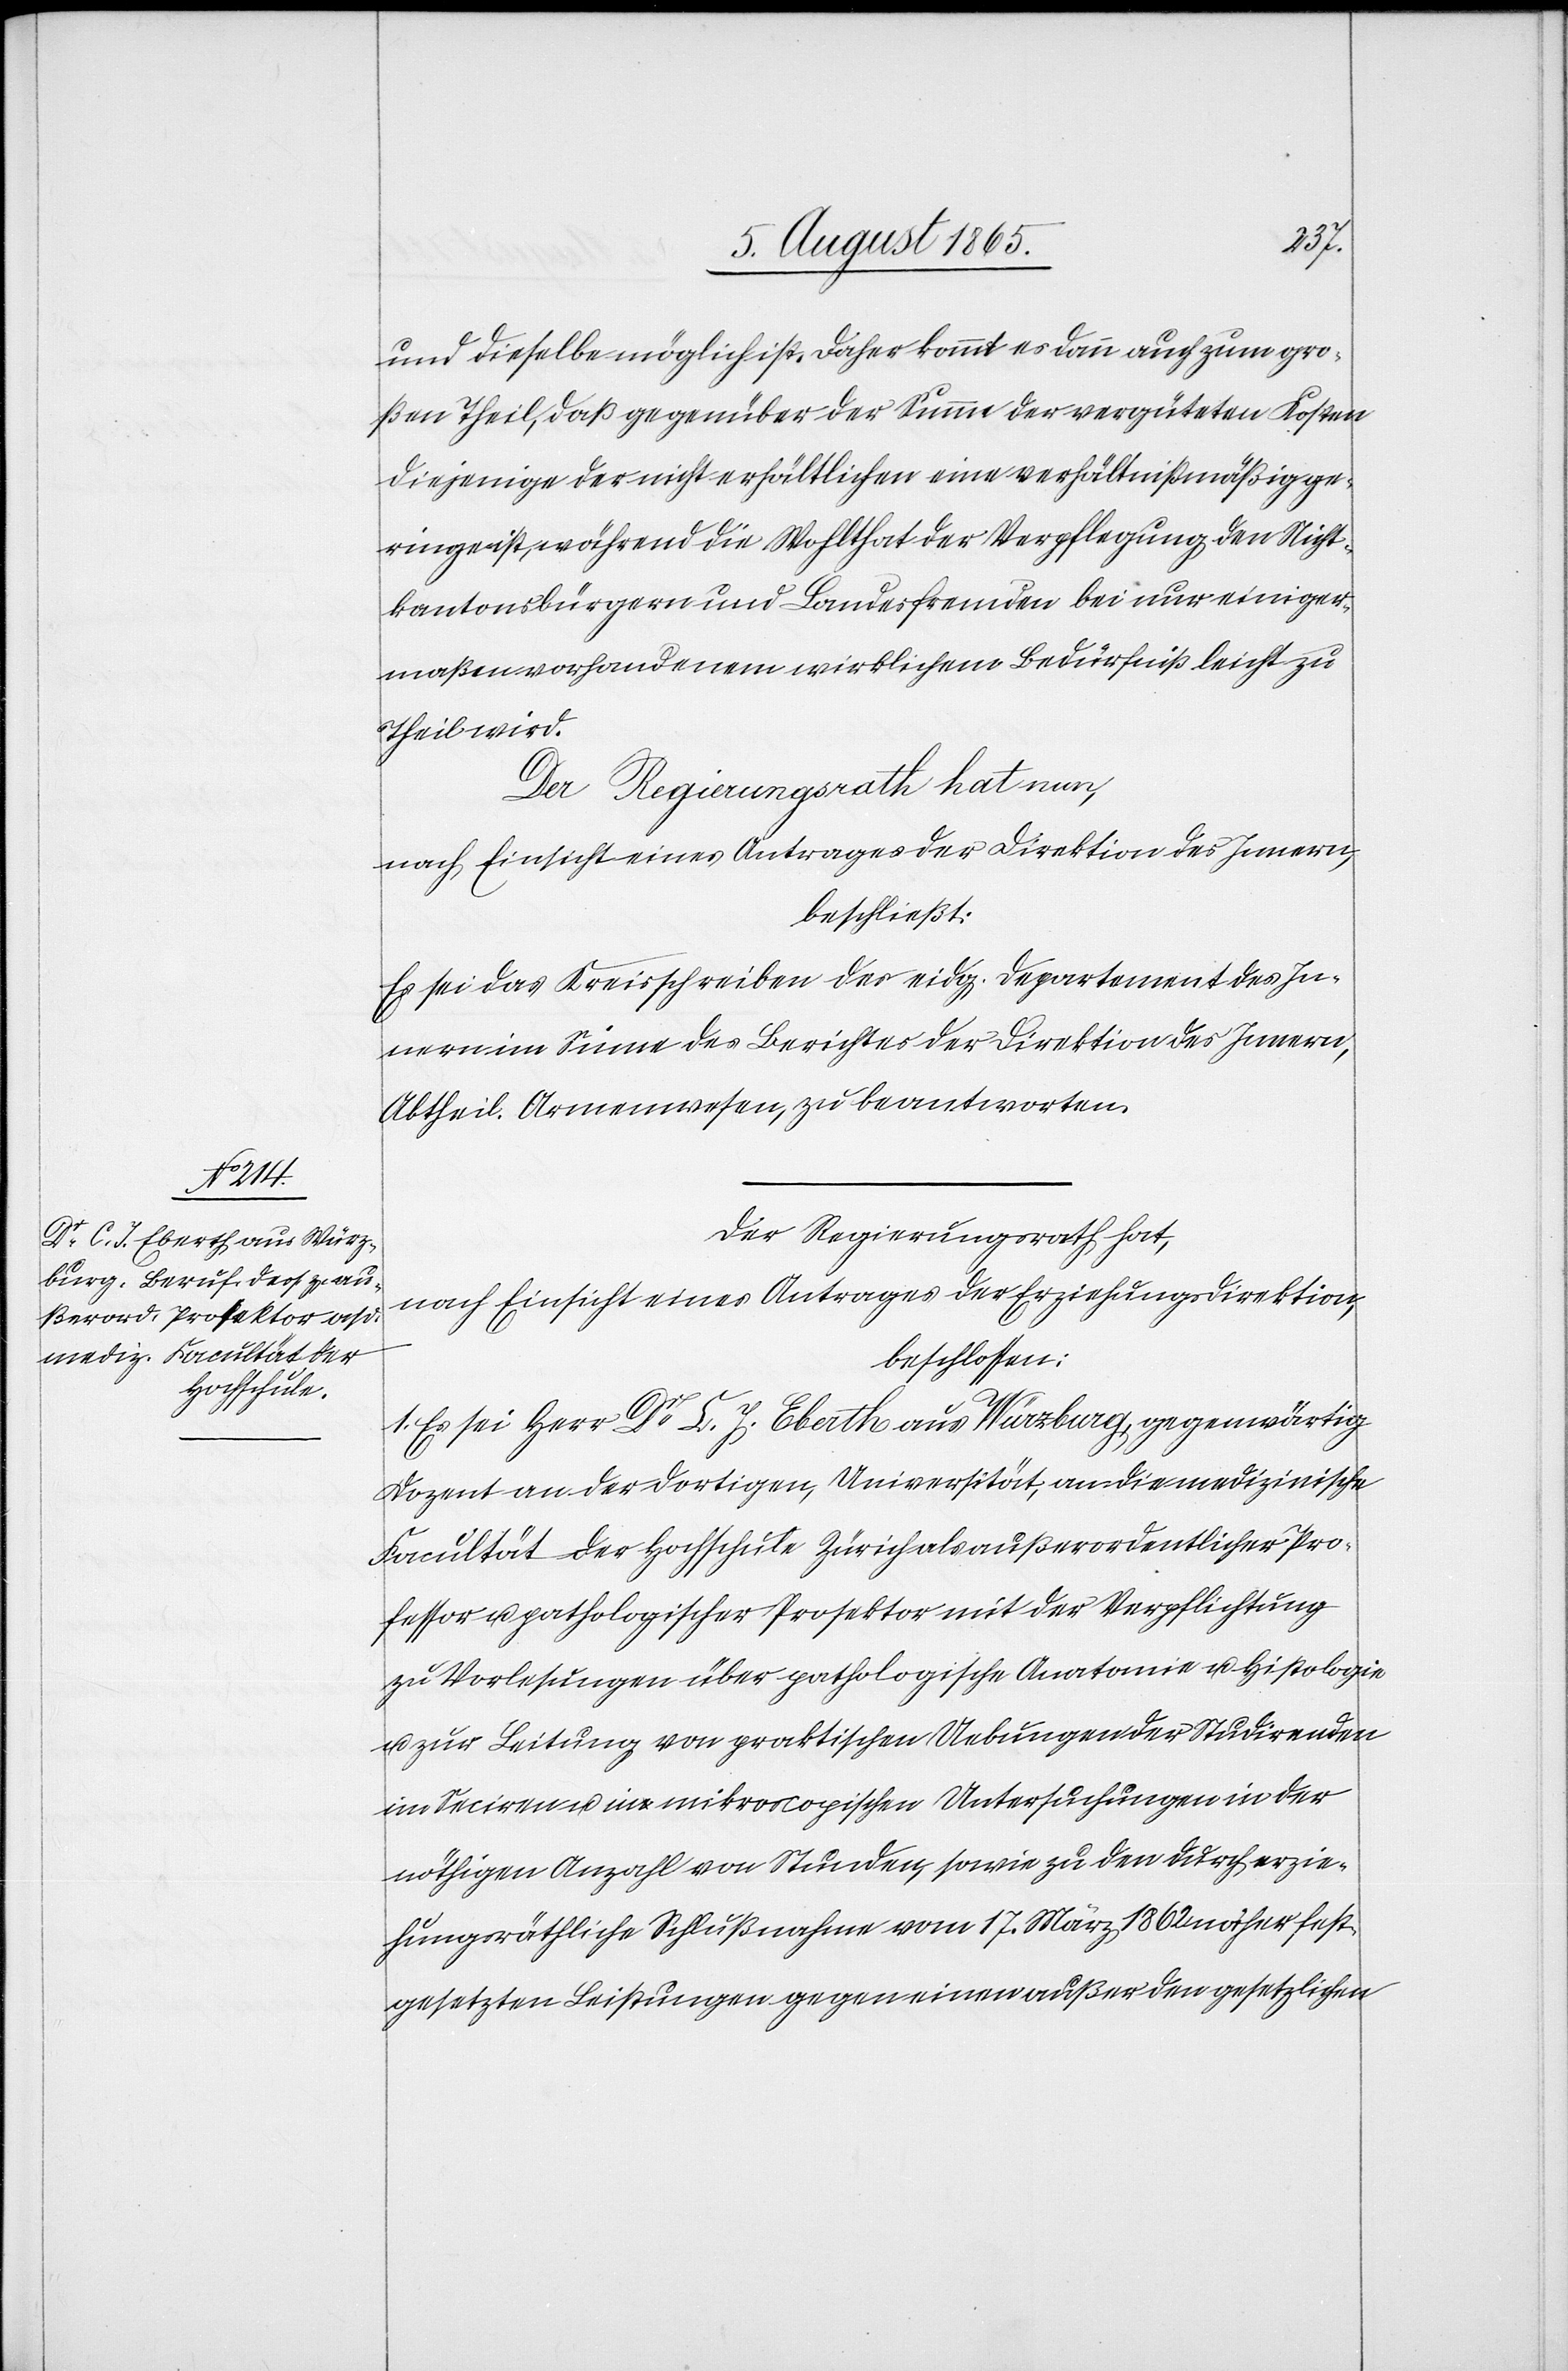
und dieselbe möglich ist. Daher kommt es dann auch zum gro¬
ßen Theil, daß gegenüber der Summe der vergüteten Kosten
diejenige der nicht erhältlichen eine verhältnißmäßig ge¬
ringe ist, während die Wohlthat der Verpflegung den Nicht¬
kantonsbürgern und Landesfremden bei nur einiger¬
maßen vorhandenem wirklichem Bedürfniß leicht zu
Theil wird.
Der Regierungsrath hat nun,
nach Einsicht eines Antrages der Direktion des Innern,
beschließt
Es sei das Kreisschreiben des eidg. Departement des In¬
nern im Sinne des Berichtes der Direktion des Innern,
Abtheil. Armenwesen, zu beantworten.
Der Regierungsrath hat,
nach Einsicht eines Antrages der Erziehungsdirektion,
beschlossen:
1. Es sei Herr Dr C. J. Eberth aus Würzburg, gegenwärtig
Dozent an der dortigen, Universität, an die medizinische
Facultät der Hochschule Zürich als außerordentlicher Pro¬
fessor u. pathologischer Prosektor mit der Verpflichtung
zu Vorlesungen über pathologische Anatomie u. Histologie
u. zur Leitung von praktischen Uebungen der Studirenden
im Seciren u. in mikroscopischen Untersuchungen in der
nöthigen Anzahl von Stunden, sowie zu den durch erzie¬
hungsräthliche Schlußnahme vom 17. März 1862 näher fest¬
gesetzten Leistungen gegen einen außer den gesetzlichen